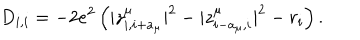
LaTeX: D _ { i , i } = - 2 e ^ { 2 } \left( | z _ { i , i + a _ { \mu } } ^ { \mu } | ^ { 2 } - | z _ { i - a _ { \mu } , i } ^ { \mu } | ^ { 2 } - r _ { i } \right) .